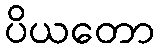
ပိယတော